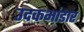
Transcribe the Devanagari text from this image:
उदकभांडार